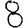
Digit: 8